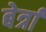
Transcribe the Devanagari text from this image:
बेर्त्रां